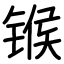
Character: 𬭤